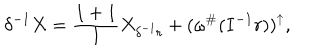
\delta ^ { - 1 } X = \frac { I + 1 } { I } X _ { \delta ^ { - 1 } r } + ( \omega ^ { \# } ( I ^ { - 1 } r ) ) ^ { \uparrow } ,